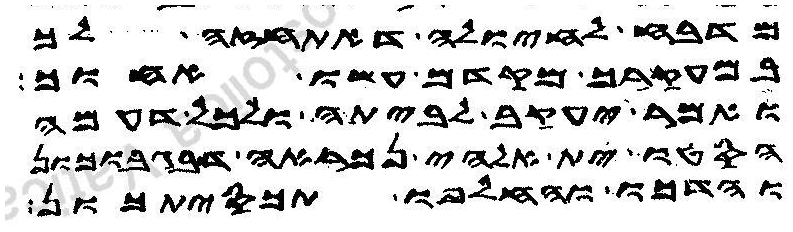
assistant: מדבח לחיולה דאתחזה לך
במעקרך מקדם עשו אחוך
ואמר יעקב לביתה ולכל דעמה
הסטו ית אלהי נכראה דבגבוכון
והדכו והחלפו תכסיתכון